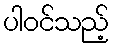
ပါဝင်သည့်